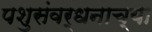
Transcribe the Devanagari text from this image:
पशुसंवर्धनाच्या